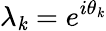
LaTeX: \lambda_{\mathit{k}}=e^{i\theta_{\mathit{k}}}